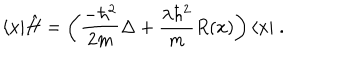
\langle x | \hat { H } = \left( \frac { - \hbar ^ { 2 } } { 2 m } \Delta + \frac { \lambda \hbar ^ { 2 } } { m } R ( x ) \right) \langle x | \; .